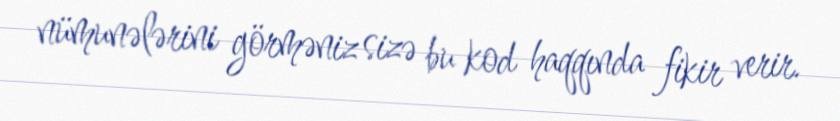
nümunələrini görməniz sizə bu kod haqqında fikir verir.